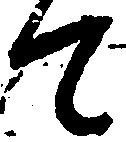
て